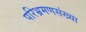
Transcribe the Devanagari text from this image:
परिभ्रमणसंख्या